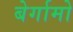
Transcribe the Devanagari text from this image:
बेर्गामो